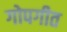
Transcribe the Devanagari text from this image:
गोपगीत